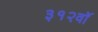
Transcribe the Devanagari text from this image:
३१२वॉ